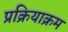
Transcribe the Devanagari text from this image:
प्रक्रियाक्रम